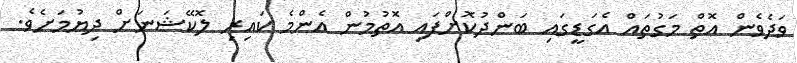
ވަދެވެން އޮތް މަގުތައް އެގަޑީގައި ބަންދުކޮށްފައި އޮތުމުން އެންމެ ކައިރި ލޮކޭޝަނަށް ދިޔުމަށެވެ.